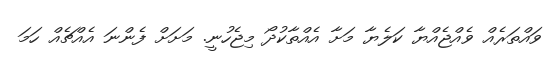
ވައްތަރެއް ވެއްޖެއްޔާ ކަލެޔާ މަށާ އެއްތާކުދޯ މިޖެހުނީ. މަށަށް ފެންނަ އެއްޗެއް ހަމަ